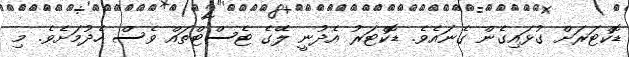
ޑޮކްޓަރަށް ގުޅައިގެން ގެނައެވެ. ޑޮކްޓަރު އެދުނީ ލޭގެ ޓެސްޓްތައް ވެސް ހެދުމަށެވެ. މި